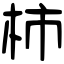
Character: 柿